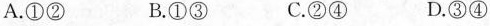
A. ①② B. ①③ C. ②④ D. ③④